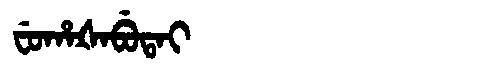
Manchu: ᠸᡠᡥᠠᡧᠠᠪᡠᡨᠠᡳ
Romanization: FUHAŠABUTAI